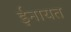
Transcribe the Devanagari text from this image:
ईनायत